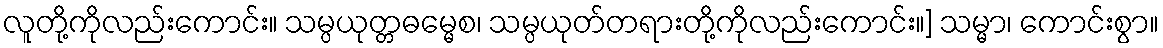
လူတို့ကိုလည်းကောင်း။ သမ္ပယုတ္တဓမ္မေစ၊ သမ္ပယုတ်တရားတို့ကိုလည်းကောင်း။] သမ္မာ၊ ကောင်းစွာ။